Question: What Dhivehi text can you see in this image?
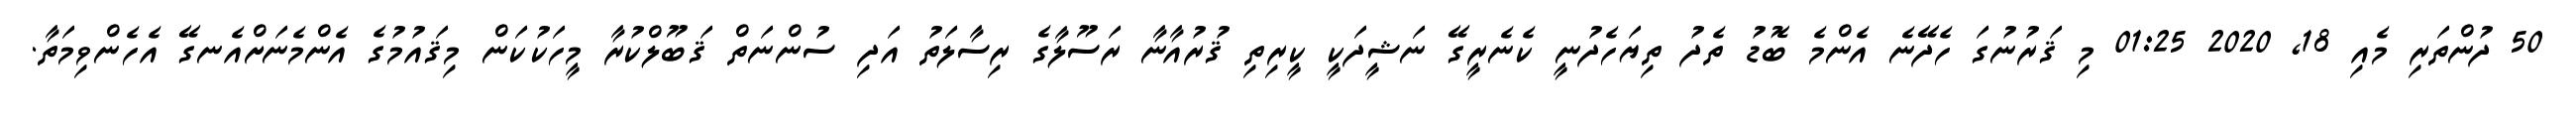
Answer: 50 ދުންތަރި މެއި 18, 2020 01:25 މި ޤަރުނުގަ ހެދޭނެ އެންމެ ބޮޑު ތެދު ތިޔަހެދުނީ ކެނެރީގޭ ނަޝީދަކީ ކީރިތި ޤުރުއާނާ ރަސޫލާގެ ރިސާލަތު އަދި ސުންނަތް ޤަބޫލްކުރާ މީހަކުކަން މިޤައުމުގެ އެންމެނަށްއެނގޭ އެހެންވިމަތާ.